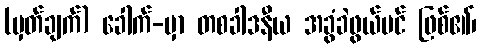
(မှတ်ချက်) ခေါက်-မှာ တစခါဒနီယ အခွံခဲဖွယ်ပင် ဖြစ်၏၊